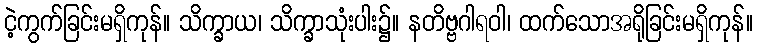
ငဲ့ကွက်ခြင်းမရှိကုန်။ သိက္ခာယ၊ သိက္ခာသုံးပါး၌။ နတိဗ္ဗဂါရဝါ၊ ထက်သောအရိုခြင်းမရှိကုန်။